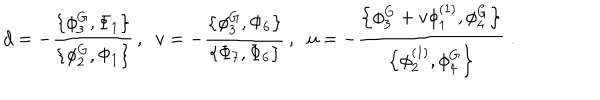
LaTeX: d = - \frac { \left\{ \phi _ { 3 } ^ { G } , \Phi _ { 1 } \right\} } { \left\{ \phi _ { 2 } ^ { G } , \Phi _ { 1 } \right\} } \, , \; \; v = - \frac { \left\{ \phi _ { 3 } ^ { G } , \Phi _ { 6 } \right\} } { \left\{ \Phi _ { 7 } , \Phi _ { 6 } \right\} } \, , \; \; u = - \frac { \left\{ \phi _ { 3 } ^ { G } + v \phi _ { 1 } ^ { \left( 1 \right) } , \phi _ { 4 } ^ { G } \right\} } { \left\{ \phi _ { 2 } ^ { ( 1 ) } , \phi _ { 4 } ^ { G } \right\} } \; .